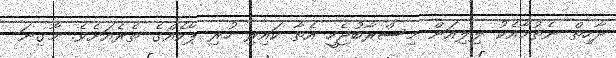
ދާހިތް ނެތުމާއެކު ލިލިއަން މިސްރާބުޖެހީ އެތާ ކައިރި ހުރި ޕާކެއްގެ ތެރެއަށެވެ. މާގިނަ